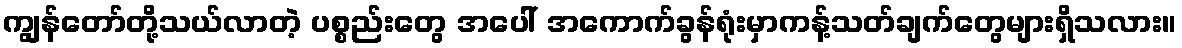
ကျွန်တော်တို့သယ်လာတဲ့ ပစ္စည်းတွေ အပေါ် အကောက်ခွန်ရုံးမှာကန့်သတ်ချက်တွေများရှိသလား။